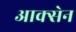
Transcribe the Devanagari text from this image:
आक्सेन